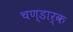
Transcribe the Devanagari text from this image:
चण्डार्क